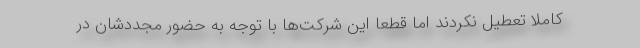
کاملا تعطیل نکردند اما قطعا این شرکت‌ها با توجه به حضور مجددشان در